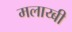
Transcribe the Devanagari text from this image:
मलाय्बी